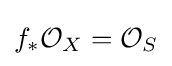
f_{*}{\mathcal {O}}_{X}={\mathcal {O}}_{S}